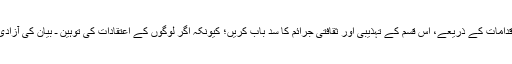
اقوام متحدہ اور انسانی حقوق کی تنظیموں اور اداروں سے توقع کی جاتی ہے کہ وہ اپنے سنجیدہ اقدامات کے ذریعے، اس قسم کے تہذیبی اور ثقافتی جرائم کا سد باب کریں؛ کیونکہ اگر لوگوں کے اعتقادات کی توہین ـ بیان کی آزادی جیسے عنوانات سے ـ رائج ہوجائے تو تشدد اور خونریزی کا راستہ روکنا، ناممکن ہوجائے گا۔